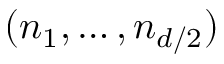
( n _ { 1 } , \ldots , n _ { d / 2 } )